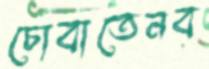
চোবাতেনব